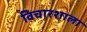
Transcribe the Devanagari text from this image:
विचारशाला